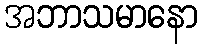
အဘာသမာနော